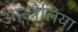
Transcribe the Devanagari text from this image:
आस्त्रेलिया